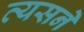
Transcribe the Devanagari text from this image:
व्यसनें